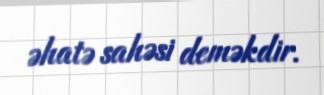
əhatə sahəsi deməkdir.